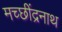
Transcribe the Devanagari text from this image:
मच्छींद्रनाथ